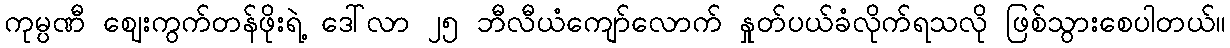
ကုမ္ပဏီ ဈေးကွက်တန်ဖိုးရဲ့ ဒေါ်လာ ၂၅ ဘီလီယံကျော်လောက် နှုတ်ပယ်ခံလိုက်ရသလို ဖြစ်သွားစေပါတယ်။